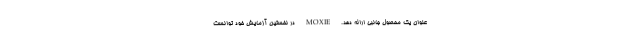
عنوان یک محصول جانبی ارائه دهد. MOXIE در نخستین آزمایش خود توانست